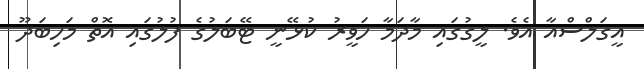
އީގަލްސްއާ އެވެ. ލީގުގައި މާދަމާ ހަވީރު ކުޅޭނީ ޓޭބަލުގެ ފުލުގައި އޮތް މަހިބަދޫ